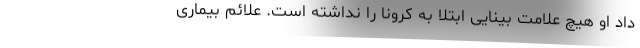
داد او هیچ علامت بینایی ابتلا به کرونا را نداشته است. علائم بیماری